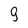
Character: 9